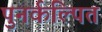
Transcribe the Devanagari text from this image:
पुनर्कल्पित